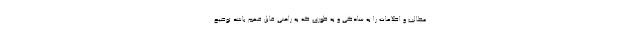
مطالب و اطلاعات را به سادگی و به طوری که به راحتی قابل فهم باشد توضیح